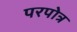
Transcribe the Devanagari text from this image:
परपोत्र